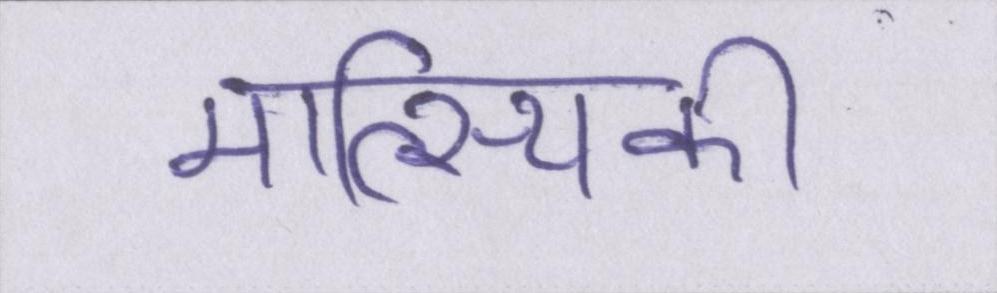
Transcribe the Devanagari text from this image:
मात्स्यिकी